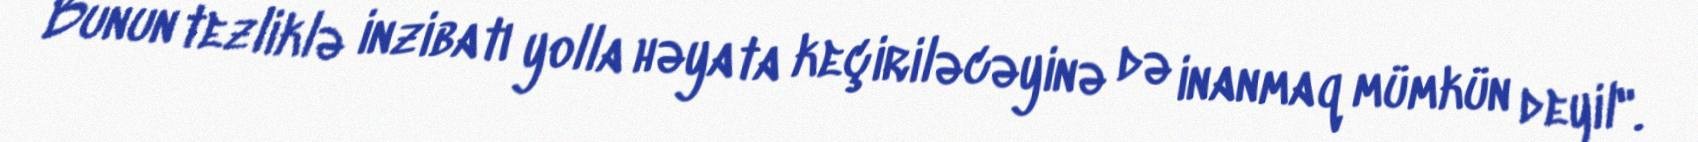
Bunun tezliklə inzibatı yolla həyata keçiriləcəyinə də inanmaq mümkün deyil".